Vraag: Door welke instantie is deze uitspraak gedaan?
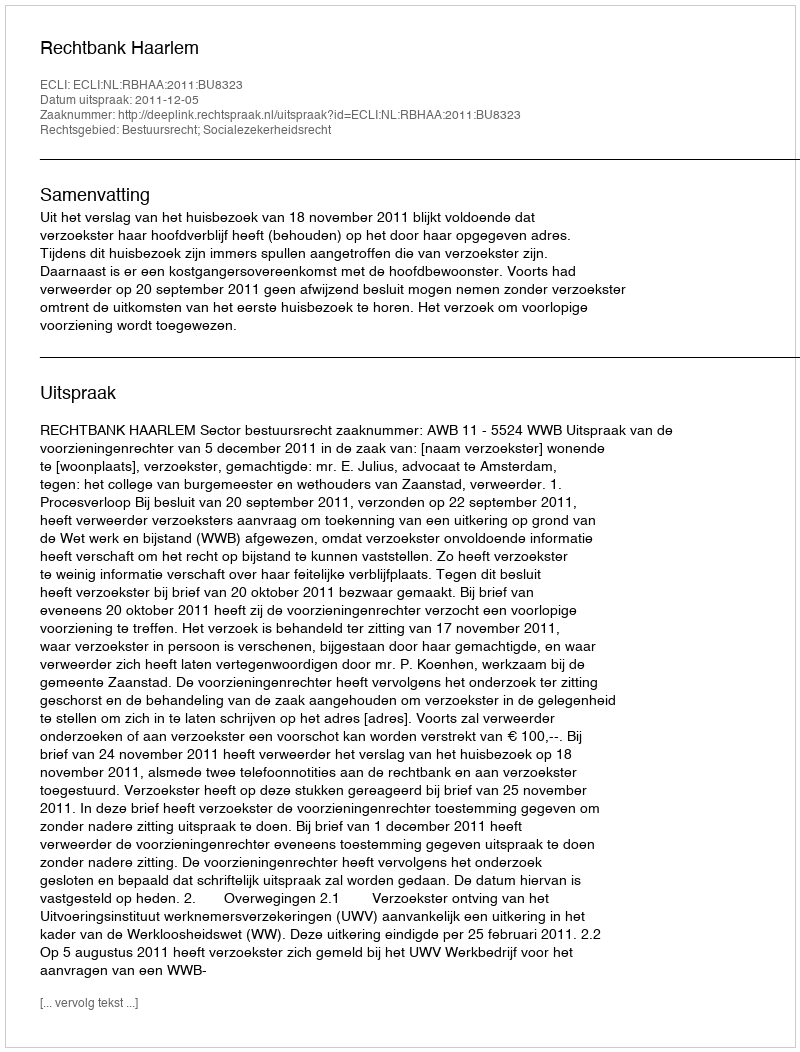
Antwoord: Rechtbank Haarlem